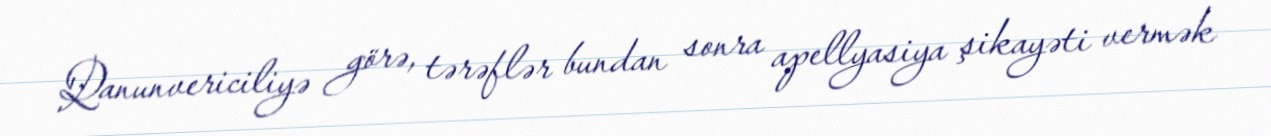
Qanunvericiliyə görə, tərəflər bundan sonra apellyasiya şikayəti vermək